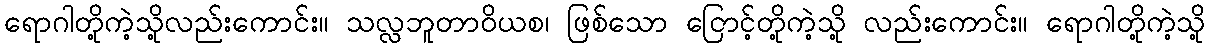
ရောဂါတို့ကဲ့သို့လည်းကောင်း။ သလ္လဘူတာဝိယစ၊ ဖြစ်သော ငြောင့်တို့ကဲ့သို့ လည်းကောင်း။ ရောဂါတို့ကဲ့သို့